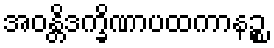
အဝန္တိဒက္ခိဏာပထကာနဉ္စ